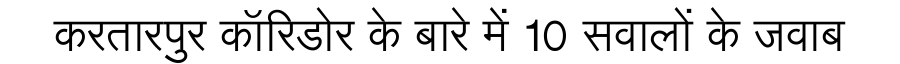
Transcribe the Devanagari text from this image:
करतारपुर कॉरिडोर के बारे में 10 सवालों के जवाब